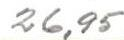
26,95